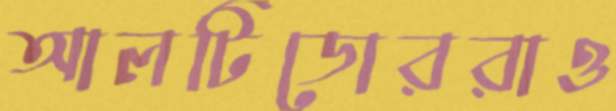
আলটিডোররাও